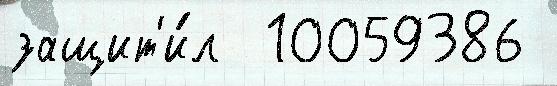
защит'и́л  10059386